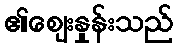
၏ဈေးနှုန်းသည်